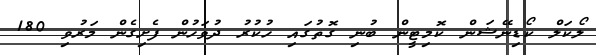
ލޯކަލް ކޯޑިނޭޝަން ކޮމިޓީން ބުނި ގޮތުގައި ހުކުރު ދުވަހުން ފެށިގެން މަރުވި 180